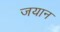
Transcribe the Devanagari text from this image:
जयान